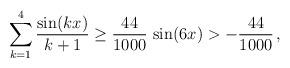
LaTeX: \begin{align*} \sum_{k=1}^{4} \frac{\sin(kx)}{k+1} \geq \frac{44}{1000} \,\sin(6x) > - \frac{44}{1000} \,, \end{align*}